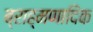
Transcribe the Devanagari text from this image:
ब्राह्मणादिक